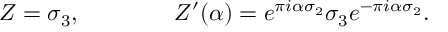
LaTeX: Z = \sigma _ { 3 } , \qquad \qquad Z ^ { \prime } ( \alpha ) = e ^ { \pi i \alpha \sigma _ { 2 } } \sigma _ { 3 } e ^ { - \pi i \alpha \sigma _ { 2 } } .